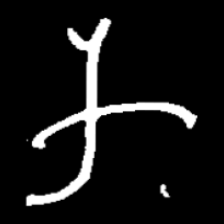
Pyu character \u2014 Myanmar letter: က (romanized: ka)